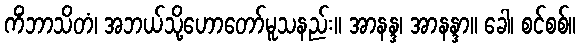
ကိံဘာသိတံ၊ အဘယ်သို့ဟောတော်မူသနည်း။ အာနန္ဒ၊ အာနန္ဒာ။ ခေါ၊ စင်စစ်။